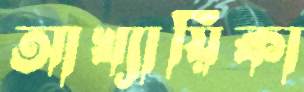
আখ্যায়িকা